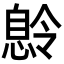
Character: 𫺽